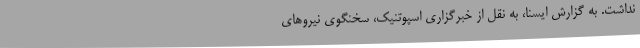
نداشت. به گزارش ایسنا، به نقل از خبرگزاری اسپوتنیک، سخنگوی نیروهای